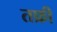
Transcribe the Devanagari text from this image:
तफ्री